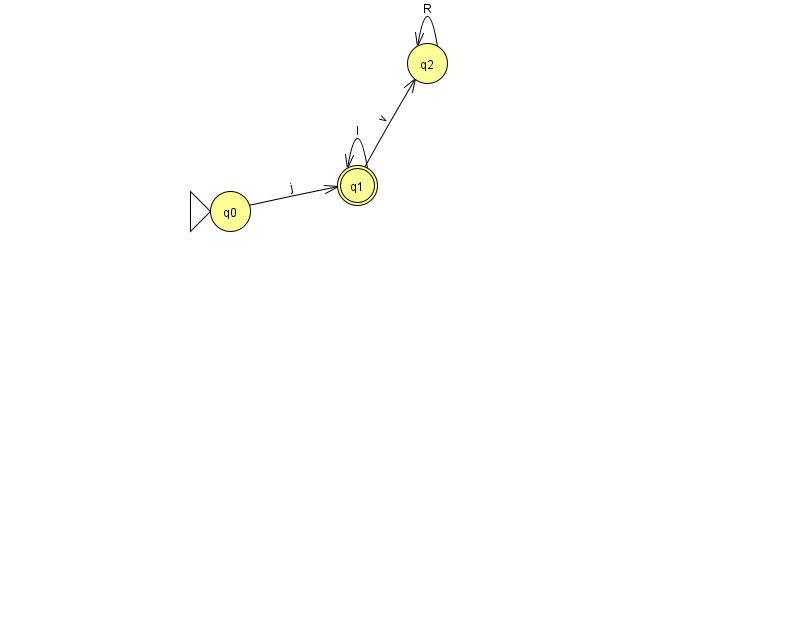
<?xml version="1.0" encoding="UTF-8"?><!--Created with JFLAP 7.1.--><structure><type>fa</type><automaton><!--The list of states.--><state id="0" name="q0"><x>230.0</x><y>198.0</y><initial/></state><state id="1" name="q1"><x>357.0</x><y>172.0</y><final/></state><state id="2" name="q2"><x>427.0</x><y>50.0</y></state><!--The list of transitions.--><transition><from>2</from><to>2</to><read>R</read></transition><transition><from>1</from><to>2</to><read>v</read></transition><transition><from>0</from><to>1</to><read>j</read></transition><transition><from>1</from><to>1</to><read>l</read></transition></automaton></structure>